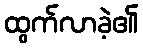
ထွက်လာခဲ့၏